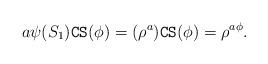
LaTeX: \begin{align*}a\psi(S_1)\mathtt{C}\mathtt{S} (\phi) = (\rho^a)\mathtt{C}\mathtt{S} (\phi)=\rho^{a\phi}.\end{align*}